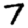
Digit: 7